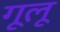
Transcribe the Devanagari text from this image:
गूलू